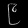
Digit: ၉